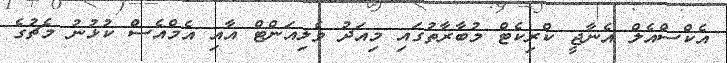
އެކްސްއެލް އެނާޖީ ކްރިކެޓް މުބާރާތުގައި މިއަދު ވެލިއަންޓް އާއި އެމްއެސް ކުޅުނު މެޗުގެ